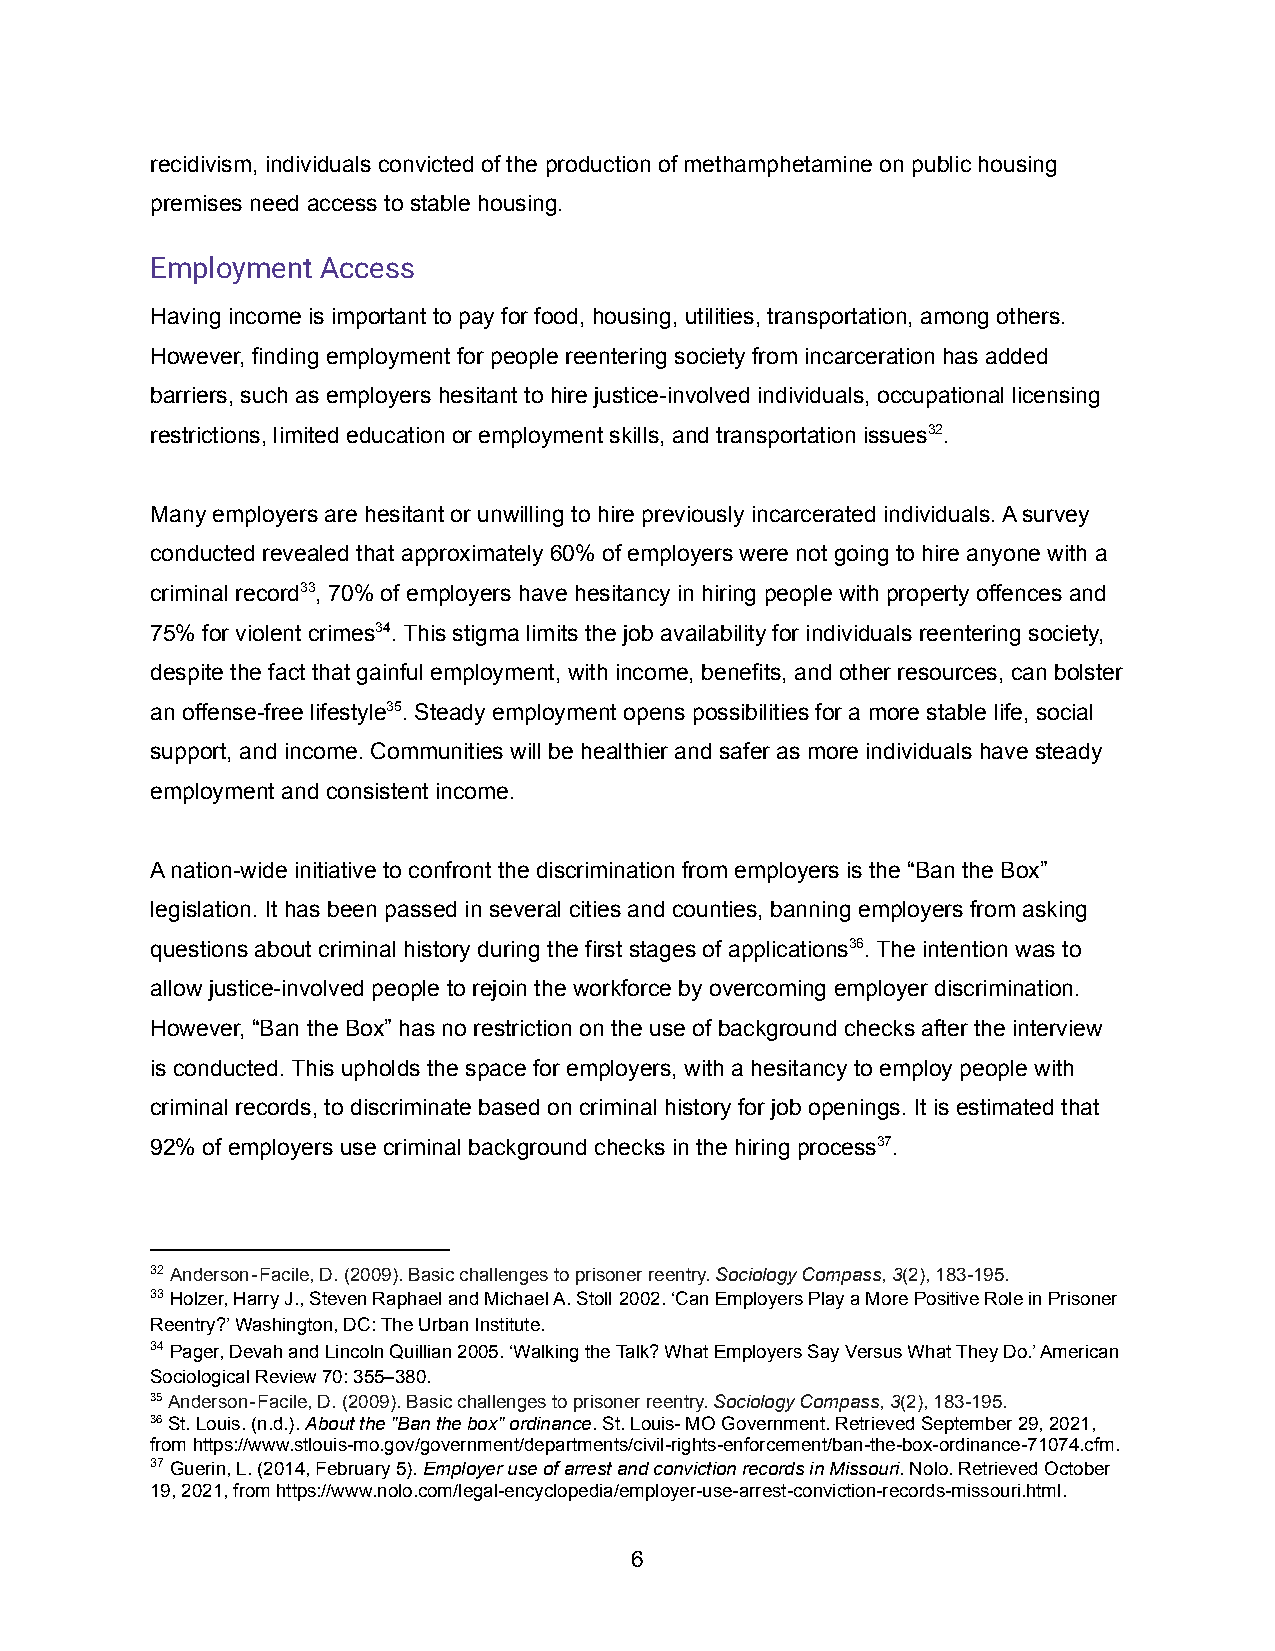
recidivism, individuals convicted of the production of methamphetamine on public housing
 premises need access to stable housing.
 Employment Access
 Having income is important to pay for food, housing, utilities, transportation, among others.
 However, finding employment for people reentering society from incarceration has added
 barriers, such as employers hesitant to hire justice-involved individuals, occupational licensing
 restrictions, limited education or employment skills, and transportation issues32.
 Many employers are hesitant or unwilling to hire previously incarcerated individuals. A survey
 conducted revealed that approximately 60% of employers were not going to hire anyone with a
 criminal record33, 70% of employers have hesitancy in hiring people with property offences and
 75% for violent crimes34. This stigma limits the job availability for individuals reentering society,
 despite the fact that gainful employment, with income, benefits, and other resources, can bolster
 an offense-free lifestyle35. Steady employment opens possibilities for a more stable life, social
 support, and income. Communities will be healthier and safer as more individuals have steady
 employment and consistent income.
 A nation-wide initiative to confront the discrimination from employers is the “Ban the Box”
 legislation. It has been passed in several cities and counties, banning employers from asking
 questions about criminal history during the first stages of applications36. The intention was to
 allow justice-involved people to rejoin the workforce by overcoming employer discrimination.
 However, “Ban the Box” has no restriction on the use of background checks after the interview
 is conducted. This upholds the space for employers, with a hesitancy to employ people with
 criminal records, to discriminate based on criminal history for job openings. It is estimated that
 92% of employers use criminal background checks in the hiring process37.
 32Anderson‐Facile, D. (2009). Basic challenges to prisonerreentry.Sociology Compass,3(2), 183-195.
 33Holzer, Harry J., Steven Raphael and Michael A. Stoll2002. ‘Can Employers Play a More Positive Role in Prisoner
 Reentry?’ Washington, DC: The Urban Institute.
 34Pager, Devah and Lincoln Quillian 2005. ‘Walkingthe Talk? What Employers Say Versus What They Do.’ American
 Sociological Review 70: 355–380.
 35Anderson‐Facile, D. (2009). Basic challenges to prisonerreentry.Sociology Compass,3(2), 183-195.
 36St. Louis. (n.d.).About the "Ban the box" ordinance.St. Louis- MO Government. Retrieved September 29, 2021,
 from https://www.stlouis-mo.gov/government/departments/civil-rights-enforcement/ban-the-box-ordinance-71074.cfm.
 37Guerin, L. (2014, February 5).Employer use of arrestand conviction records in Missouri. Nolo. RetrievedOctober
 19, 2021, from https://www.nolo.com/legal-encyclopedia/employer-use-arrest-conviction-records-missouri.html.
 6